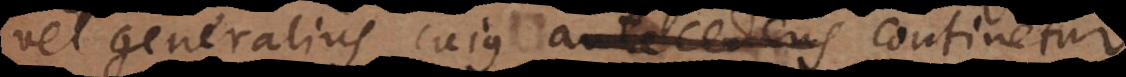
vel generalius cujus consequens continetur